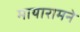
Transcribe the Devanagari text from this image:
मायारामने